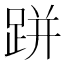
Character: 跰